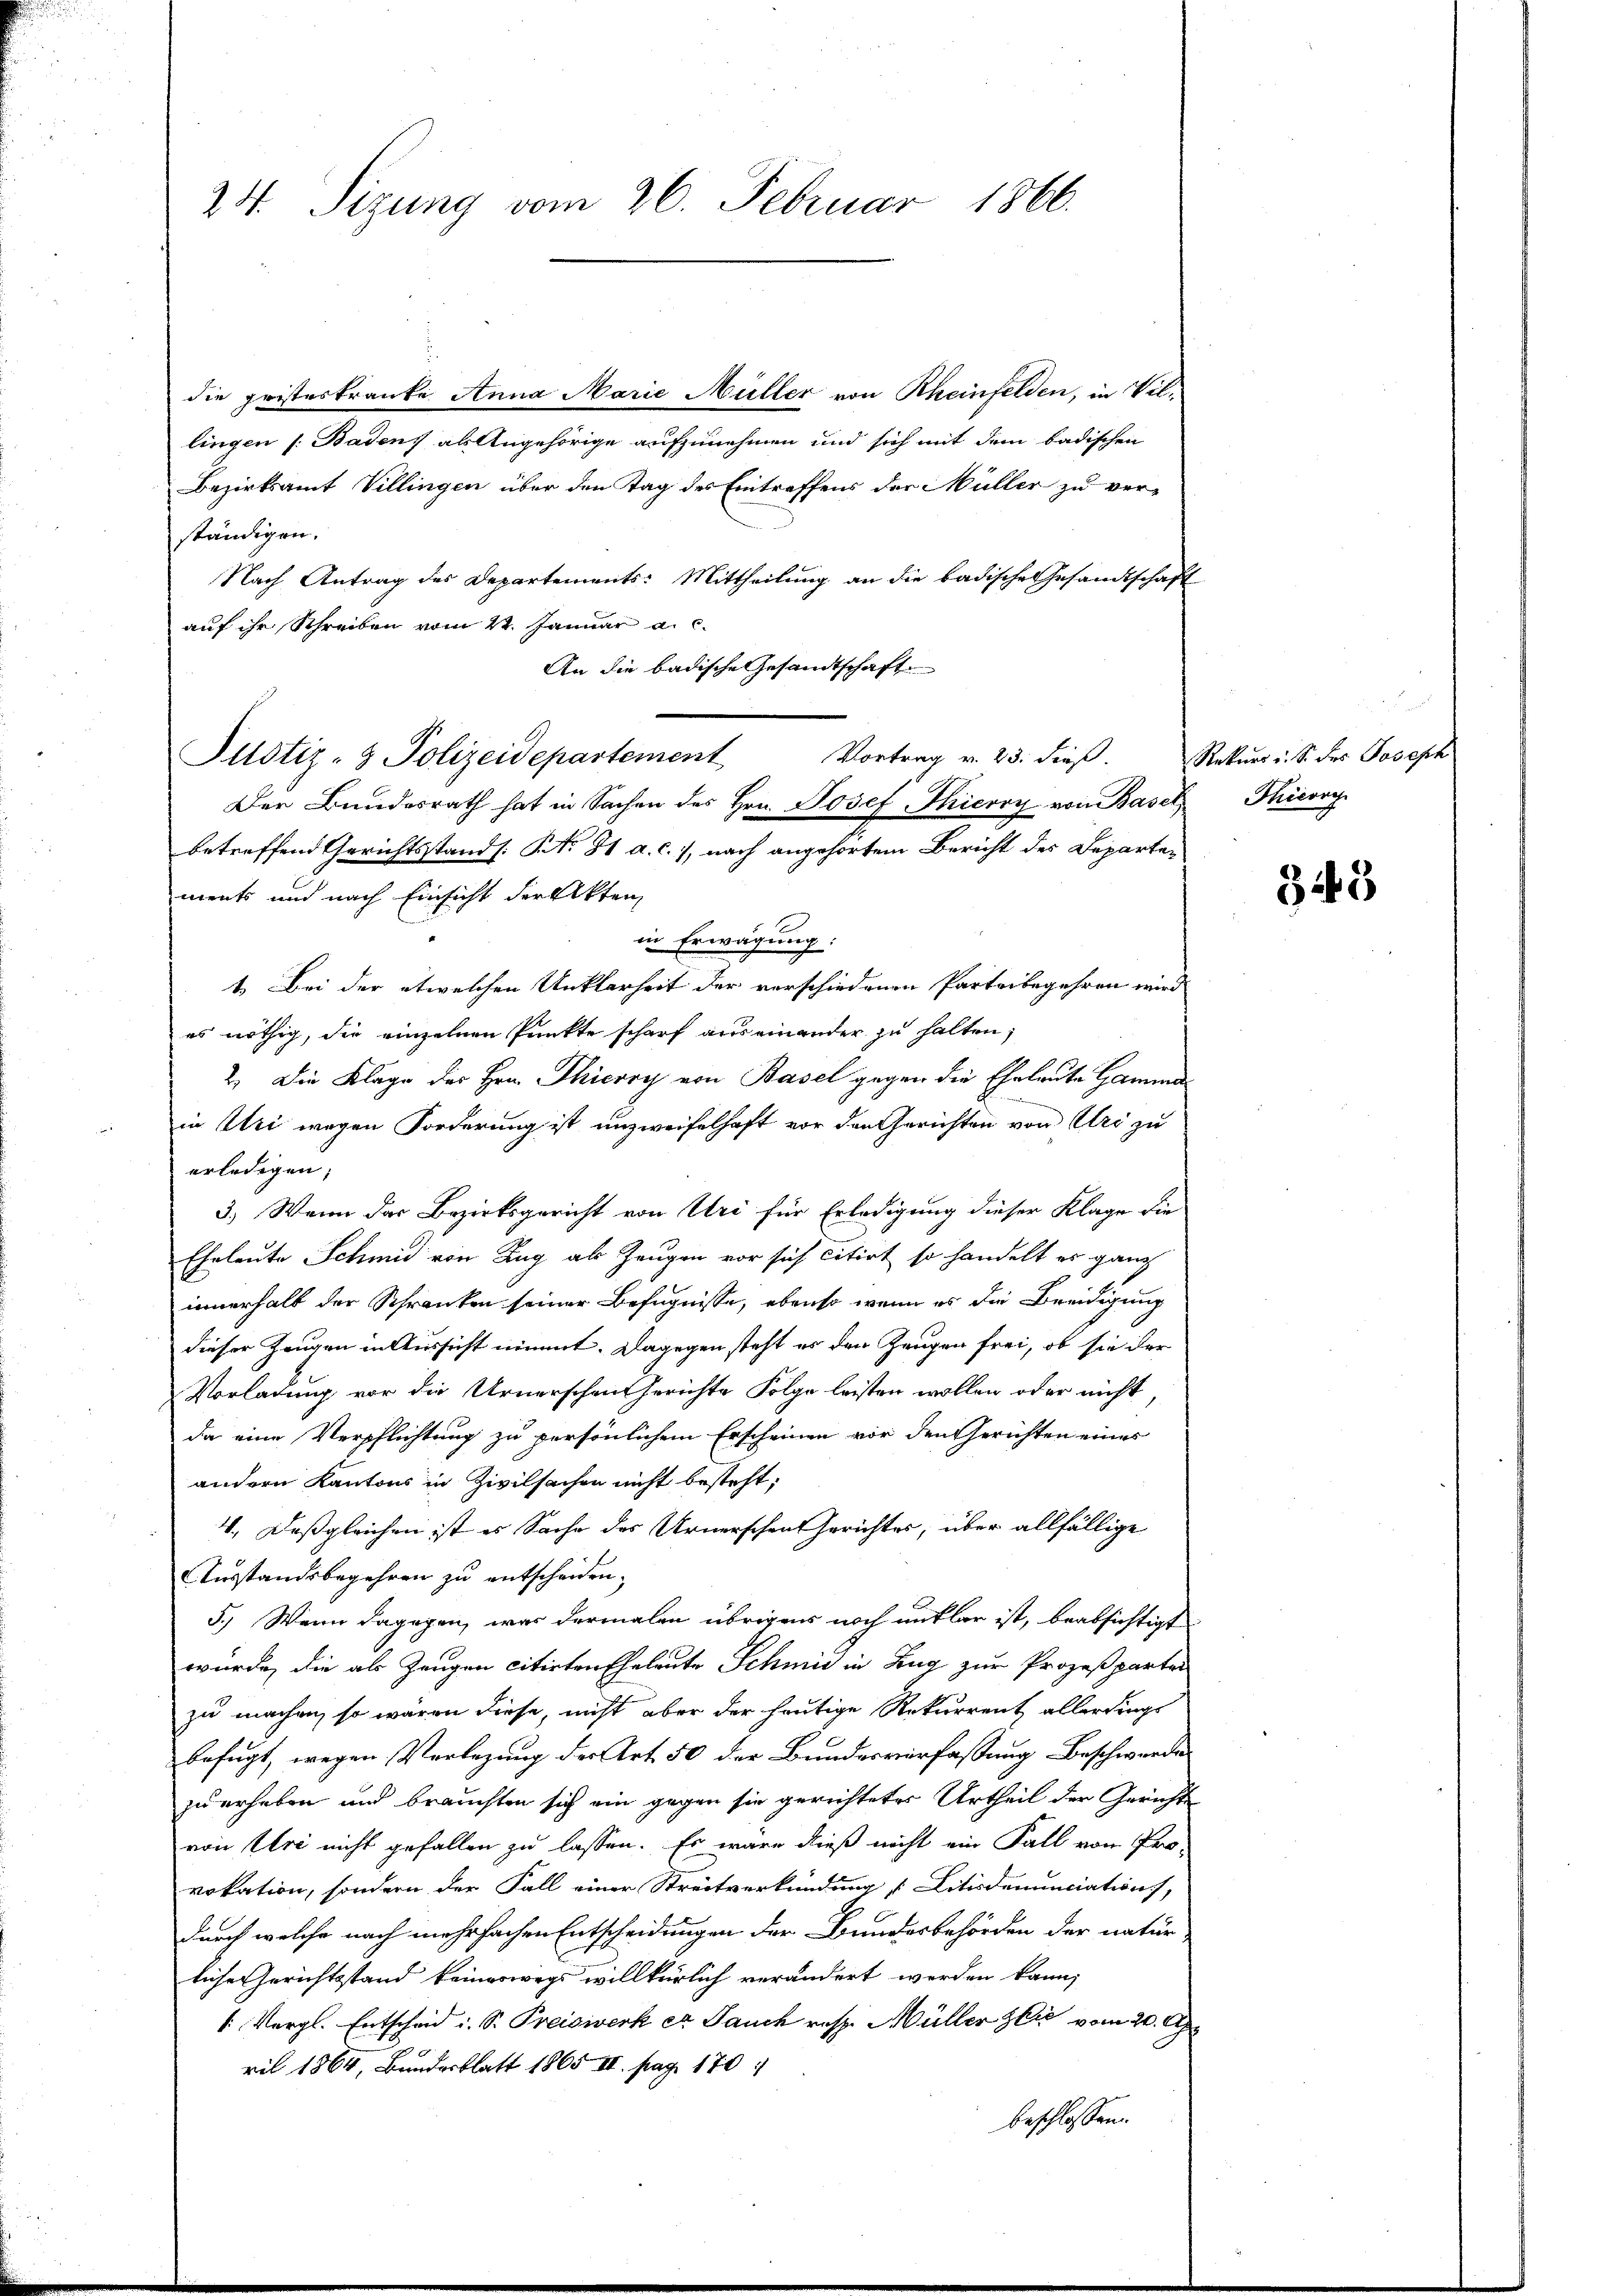
24. Sizung vom 26. Februar 1866.

die pristeskranke Anna Marie Müller von Rheinfelden, in Villingen (Baden, als Angehörige aufzunehmen und sich mit dem badischen
Bezirksamt Villingen über den Tag des Eintreffens der Müller zu ver-
ständigen.
Nach Antrag des Departements: Mittheilung an die badische Gesandtschaft
auf ihr Schreiben vom 21. Januar a. c.
An die badische Gesandtschaft
betreffend Gerichtsstand [No 81 a. c., nach angehörtem Bericht des Departements und nach Einsicht der Akten
in Erwägung:
1. Bei der etwelchen Unklarheit der verschiedenen Parteibegehren wird
es nöthig, die einzelnen Punkte scharf auseinander zu halten;
2.) Die Klage des Hrn. Thierry von Basel gegen die Eheleute Gamman
e
in Uri wegen Forderung ist unzweifelhaft vor den Gerichten von Uri zu
erledigen;
3.) Wenn das Bezirksgericht von Uri für Erledigung dieser Klage die
Eheleute Schmid von Zug als Zeugen vor sich citirt so handelt es ganz
innerhalb der Schranken seiner Befugnisse, ebenso wenn es die Breidigung
dieser Zeugen in Aussicht nimmt. Dagegen steht es den Zeugen frei, ob sie der
Vorladung vor die Urnerschen Gerichte Folge leisten wollen oder nicht,
da eine Verpflichtung zu persönlichem Erscheinen vor den Gerichten eines
andern Kantons in Zivilsachen nicht besteht;
4. Daß gleichen ist es Sache des Urnerschen Gerichtes, über allfällige
Ausstandsbegehren zu entscheiden.
5.) Wenn dagegen, was dermalen übrigens noch entlar ist, beabsichtigt
wurde, die als Zeugen citirten Eheleute Schmid in Zug zur Prozeßparten
zu machen, so wären diese, nicht aber der heutige Rekurrent allerdings
befugt, wegen Verlegung der Art. 50 der Bundesverfassung Beschwerde
zu erheben und brauchten sich ein gegen sie gerichteter Urtheil der Gerichte
von Uri nicht gefallen zu lassen. Es wäre dieß nicht ein Fall von Pro-
vokation, sondern der Fall einer Streitverkündung „Litisdenunciation,
durch welche nach mehrfachen Entscheidungen der Bundesbehörden der natur-
liche Gerichtsstand keineswegs willkürlich verändert werden kann,
[: Vergl. Entscheid i. S. Preiswerk et Jauch resp. Müller Zeit vom 20. Apr
ril 1864, Bundesblatt 1865 III. pag. 170
beschlossen.

Pllotiz- & Polizeidepartement Vortrag v. 23. dieβ. Rekŭrri. S. des Joseph
Der Bundesrath hat in Sachen des Hrn. Josef Thieroy von Basel

Thicory

345